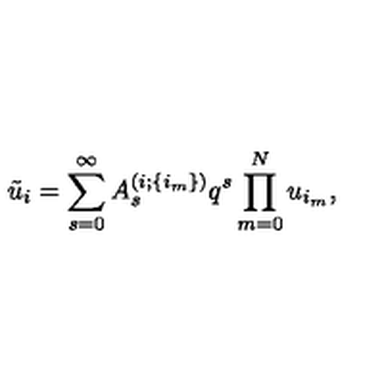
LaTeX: \tilde { u } _ { i } = \sum _ { s = 0 } ^ { \infty } A _ { s } ^ { ( i ; \{ i _ { m } \} ) } q ^ { s } \prod _ { m = 0 } ^ { N } u _ { i _ { m } } ,